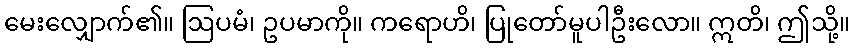
မေးလျှောက်၏။ ဩပမံ၊ ဥပမာကို။ ကရောဟိ၊ ပြုတော်မူပါဦးလော။ ဣတိ၊ ဤသို့။